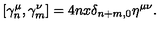
[ \gamma _ { n } ^ { \mu } , \gamma _ { m } ^ { \nu } ] = 4 n x \delta _ { n + m , 0 } \eta ^ { \mu \nu } .